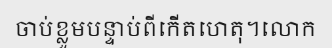
ចាប់ខ្លួមបន្ទាប់ពីកើតហេតុ។លោក